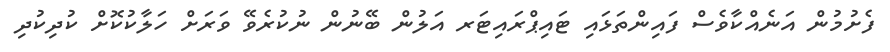
ފެށުމުން އަނެއްކާވެސް ފައިންތަޅައި ޓައިޕްރައިޓަރ އަލުން ބޭނުން ނުކުރެވޭ ވަރަށް ހަލާކުކޮށް ކުދިކުދި